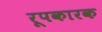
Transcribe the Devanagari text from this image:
रूपकारक